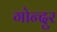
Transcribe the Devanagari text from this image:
गोन्दुर